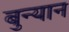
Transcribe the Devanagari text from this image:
बुन्यान